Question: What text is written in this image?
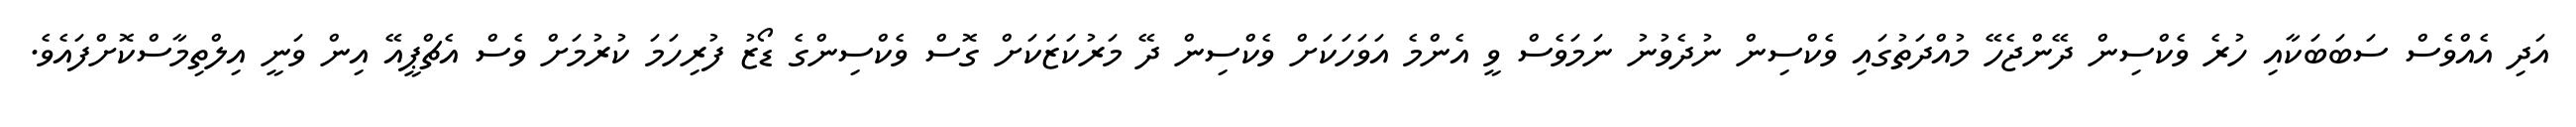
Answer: އަދި އެއްވެސް ސަބަބަކާއި ހުރެ ވެކްސިން ދޭންޖެހޭ މުއްދަތުގައި ވެކްސިން ނުދެވުނު ނަމަވެސް ވީ އެންމެ އަވަހަކަށް ވެކްސިން ދޭ މަރުކަޒަކަށް ގޮސް ވެކްސިންގެ ޑޯޒު ފުރިހަމަ ކުރުމަށް ވެސް އެޗްޕީއޭ އިން ވަނީ އިލްތިމާސްކޮށްފައެވެ.